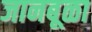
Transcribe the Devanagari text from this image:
जानबूळा